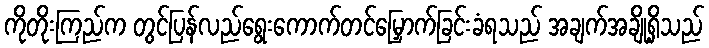
ကိုတိုးကြည်က တွင်ပြန်လည်ရွေးကောက်တင်မြှောက်ခြင်းခံရသည် အချက်အချို့ရှိသည်